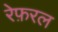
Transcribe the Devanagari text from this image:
रेफ़रल